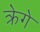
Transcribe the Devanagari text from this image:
क्रेगे